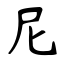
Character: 尼